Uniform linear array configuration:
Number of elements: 64
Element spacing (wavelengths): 0.5
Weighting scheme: exponential
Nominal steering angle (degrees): -45
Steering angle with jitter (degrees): -45.407
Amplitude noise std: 0.05
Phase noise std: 0.05

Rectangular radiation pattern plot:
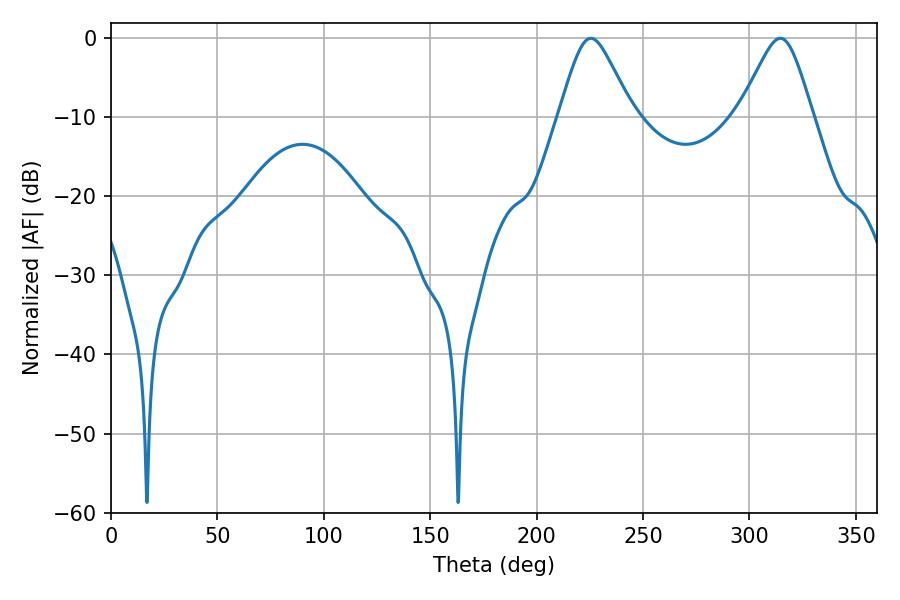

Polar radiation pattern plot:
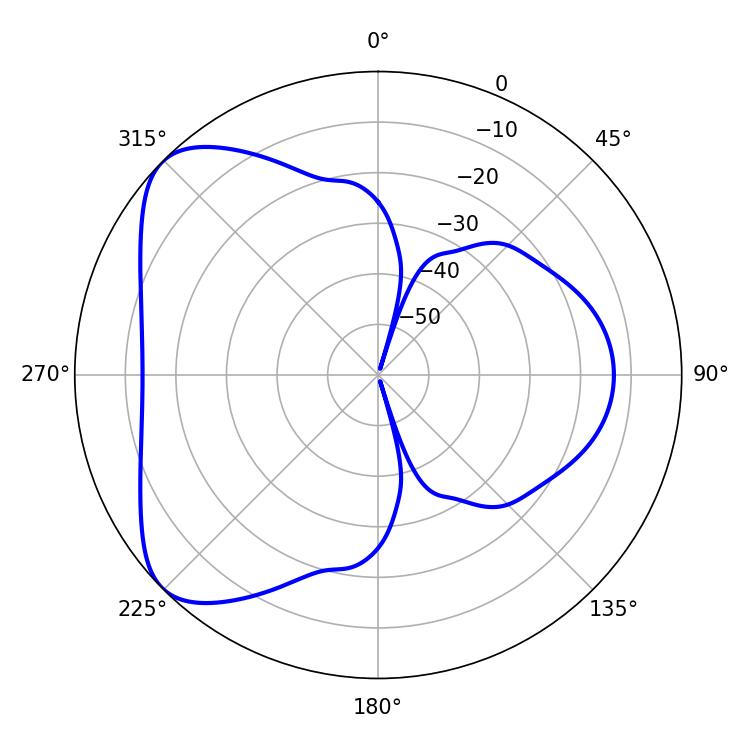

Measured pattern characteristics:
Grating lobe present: FALSE
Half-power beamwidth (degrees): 16.74
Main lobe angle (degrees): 225.54